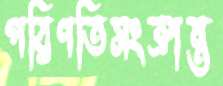
পরিণতিসংক্রান্ত